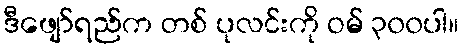
ဒီဖျော်ရည်က တစ် ပုလင်းကို ဝမ် ၃၀၀ပါ။